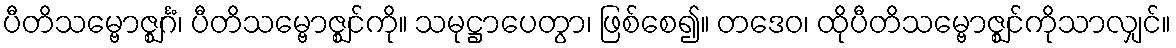
ပီတိသမ္ဗောဇ္ဈင်္ဂံ၊ ပီတိသမ္ဗောဇ္ဈင်ကို။ သမုဋ္ဌာပေတွာ၊ ဖြစ်စေ၍။ တဒေဝ၊ ထိုပီတိသမ္ဗောဇ္ဈင်ကိုသာလျှင်။